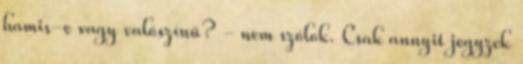
hamis-e vagy valószínű? - nem szólok. Csak annyit jegyzek